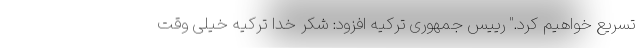
تسریع خواهیم کرد." رییس جمهوری ترکیه افزود: شکر خدا ترکیه خیلی وقت